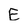
Character: E